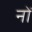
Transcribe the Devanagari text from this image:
नों